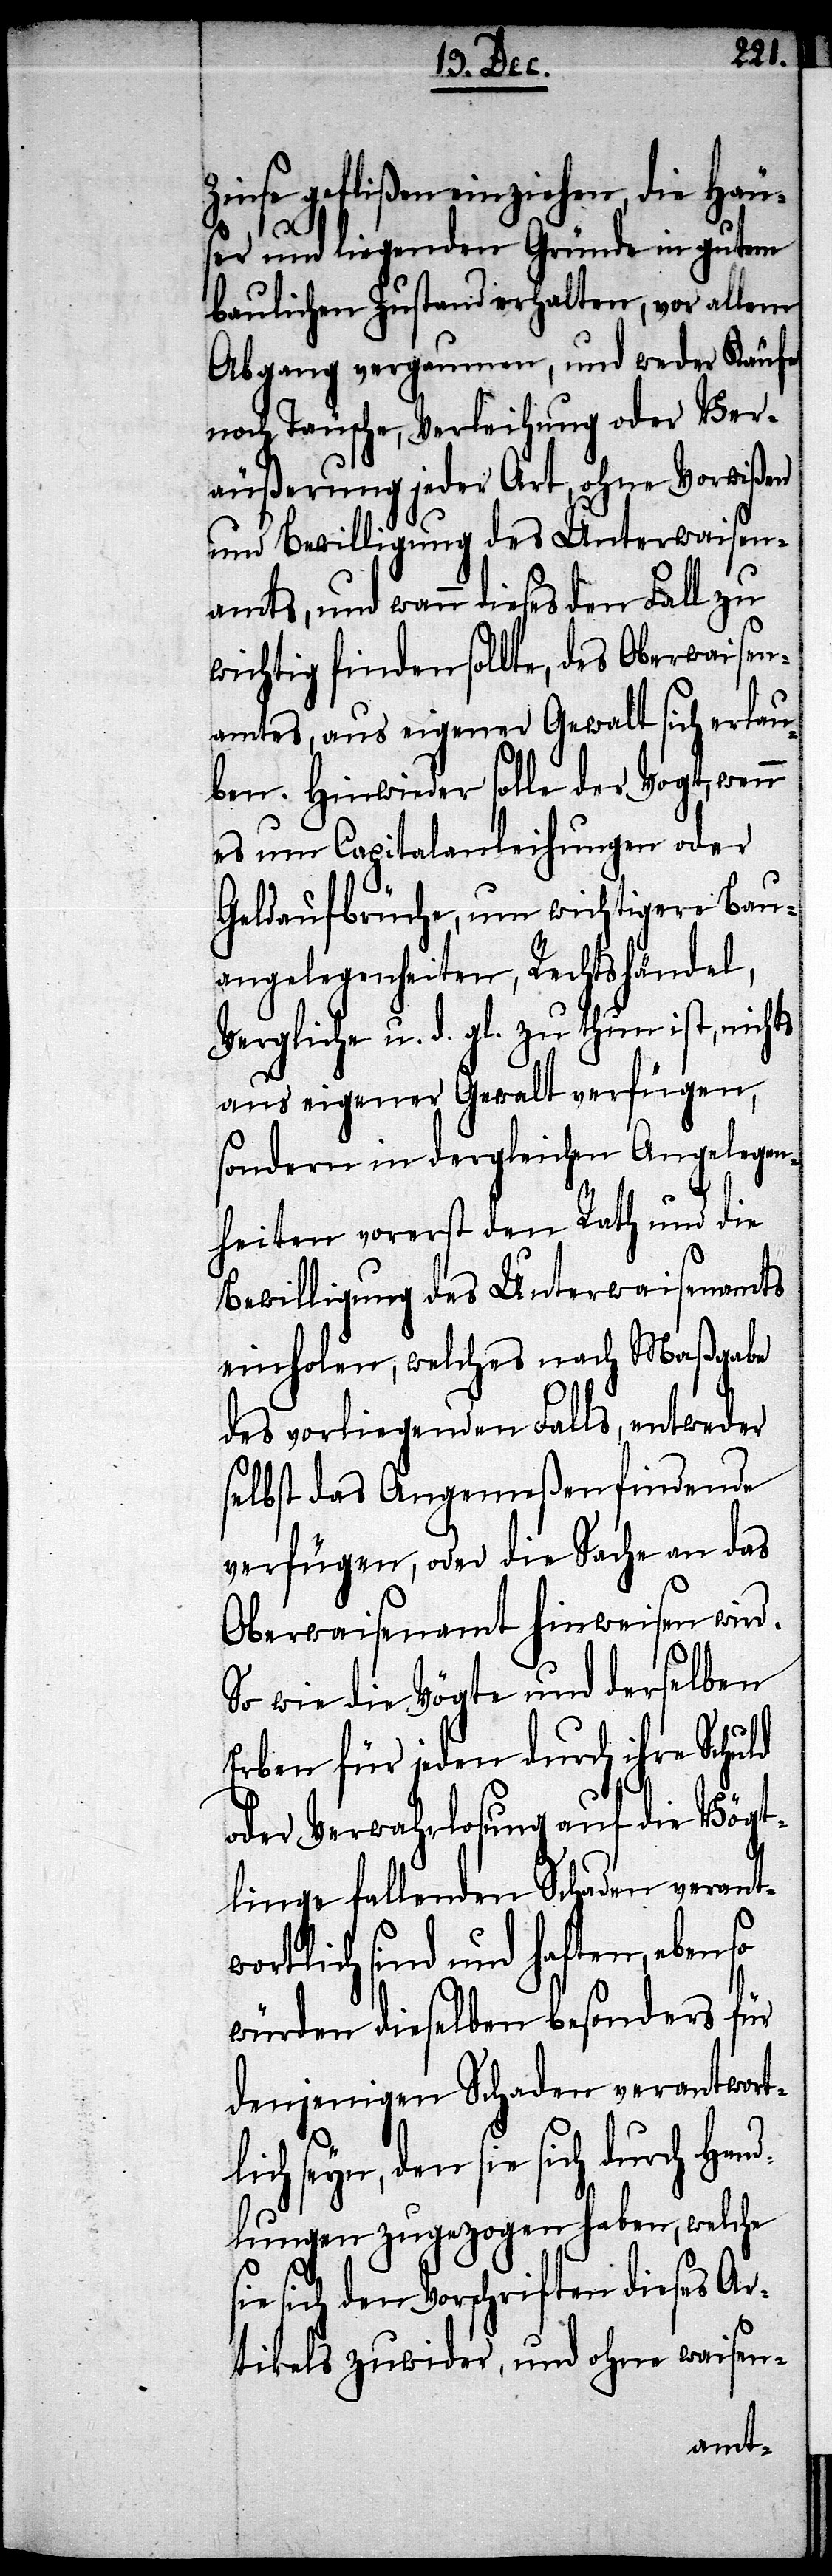
Zinse geflißen einziehen, die Häu¬
ser und liegenden Gründe in gutem
baulichen Zustand erhalten, vor allem
Abgang vergaumen, und weder Ver¬
äußerung jeder Art, ohne Vorwißen
und Bewilligung des Unterwaisen¬
amts, und wann dieses den Fall zu
wichtig finden sollte, des Oberwaisen¬
amtes, aus eigener Gewalt sich erlau¬
ben. Hinwieder solle der Vogt, wenn
es um Capitalanleihungen oder
Geldaufbrüche, um wichtigere Bau¬
angelegenheiten, Rechtshändel,
Vergliche, u. d. gl. zu thun ist, nichts
aus eigener Gewalt verfügen,
sondern in dergleichen Angelegen¬
heiten vorerst den Rath und die
Bewilligung des Unterwaisenamts
einholen, welches nach Maßgabe
des vorliegenden Falls, entweder
selbst das Angemeßen findende
verfügen, oder die Sache an das
Oberwaisenamt hinweisen wird.
So wie die Vögte und derselben
Erben für jeden durch ihre Schuld
oder Verwahrlosung auf die Vögt¬
linge fallenden Schaden verantw¬
ortliche sind und haften, ebenso
würden dieselben besonders für
denjenigen Schaden verantwort¬
lich seyn, den sie sich durch Hand¬
lungen zugezogen haben, welche
sich den Vorschriften dieses Ar¬
tikels zuwider, und ohne waisen-